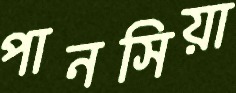
পানসিয়া